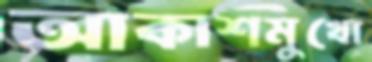
আকাশমুখো